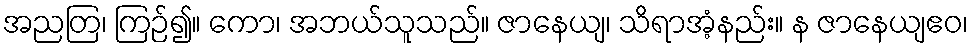
အညတြ၊ ကြဉ်၍။ ကော၊ အဘယ်သူသည်။ ဇာနေယျ၊ သိရာအံ့နည်း။ န ဇာနေယျဧဝ၊